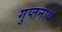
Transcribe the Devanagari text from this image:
गुप्तनाथ